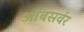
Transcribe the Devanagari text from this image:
ऑबसर्वर